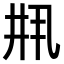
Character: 𫡳